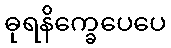
ဓုရနိက္ခေပေပေ